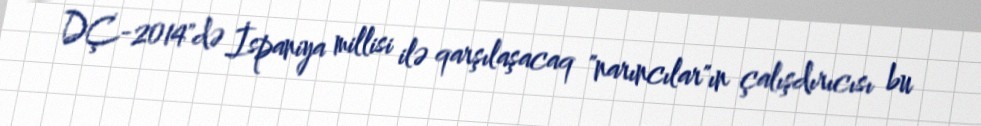
DÇ-2014"də İspaniya millisi ilə qarşılaşacaq "narıncılar"ın çalışdırıcısı bu